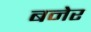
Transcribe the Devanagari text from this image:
बनेर